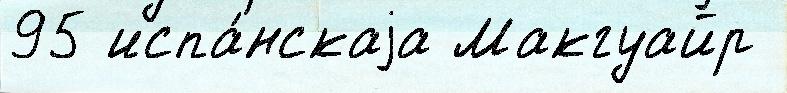
95 испа́нскаjа Макгуайр